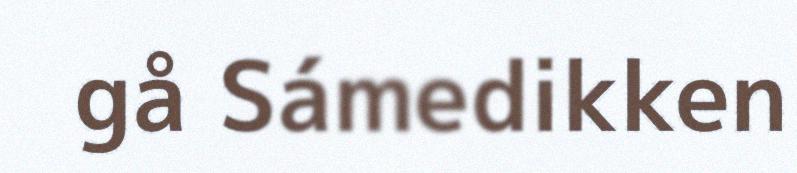
gå Sámedikken